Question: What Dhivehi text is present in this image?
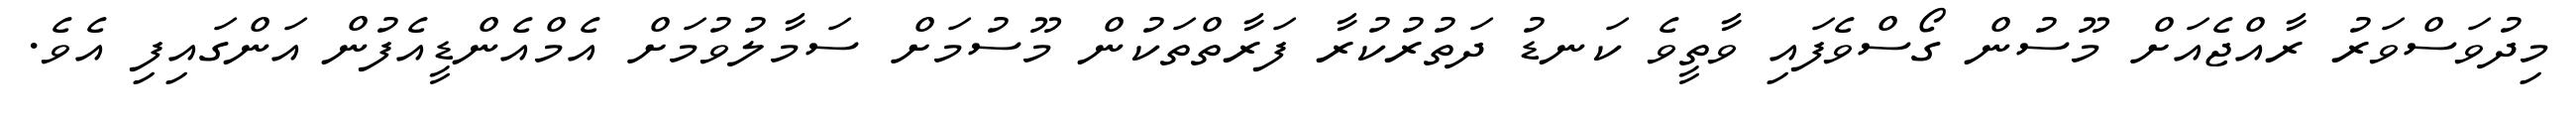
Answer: މިދުވަސްވަރު ރާއްޖެއަށް މޫސުން ގޯސްވެފައި ވާތީވެ ކަނޑު ދަތުރުކުރާ ފަރާތްތަކުން މޫސުމަށް ސަމާލުވުމަށް އެމްއެންޑީއެފުން އަންގައިފި އެވެ.